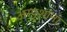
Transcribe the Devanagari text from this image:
अस्पृशांना